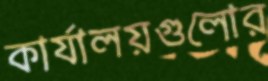
কার্যালয়গুলোর